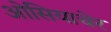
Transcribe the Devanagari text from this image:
ओसियाचेर